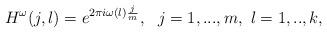
LaTeX: \begin{align*}H^{\omega} (j,l)= e^{2\pi i \omega(l) \frac{j}{m}}, \ \ j=1,..., m, \ l=1,..,k, \end{align*}